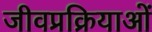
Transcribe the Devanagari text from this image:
जीवप्रक्रियाओं